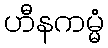
ဟီနကမ္မံ